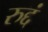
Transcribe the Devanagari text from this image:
रुद्दं